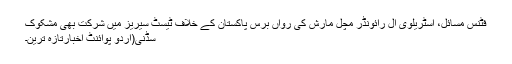
فٹنس مسائل، آسٹریلوی آل رائونڈر مچل مارش کی رواں برس پاکستان کے خلاف ٹیسٹ سیریز میں شرکت بھی مشکوک
سڈنی(اُردو پوائنٹ اخبارتازہ ترین۔